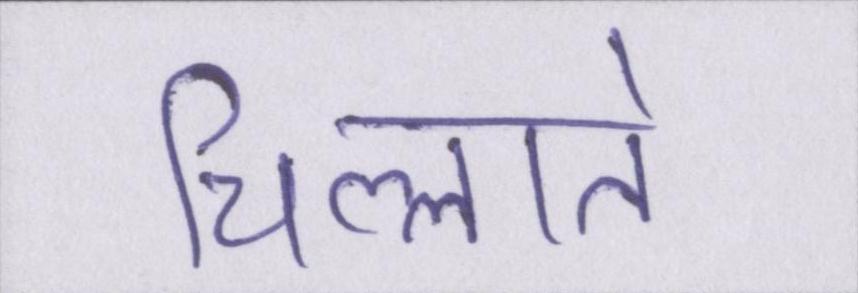
चिल्लाते